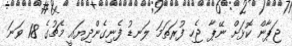
ޖަޕާން ކޮޅަށް ނޭޕާ ޖެހި ފުރަތަަމަ ލަނޑު ފެނިގެންދިޔައީ މެޗުގެ 18 ވަނަ